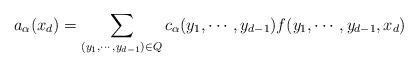
LaTeX: \begin{align*}a_{\alpha}(x_d)= \sum_{(y_1,\cdots,y_{d-1})\in Q} c_{\alpha}(y_1,\cdots,y_{d-1})f(y_1,\cdots,y_{d-1},x_d)\end{align*}